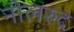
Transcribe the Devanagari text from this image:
नीलरुद्र